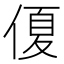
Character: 𠌘